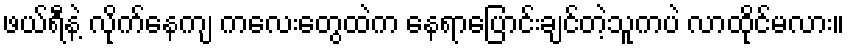
ဖယ်ရီနဲ့ လိုက်နေကျ ကလေးတွေထဲက နေရာပြောင်းချင်တဲ့သူကပဲ လာထိုင်မလား။